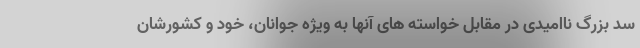
سد بزرگ ناامیدی در مقابل خواسته های آنها به ویژه جوانان، خود و کشورشان